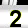
Digit: 2